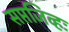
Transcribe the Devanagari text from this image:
सप्तजिव्हः